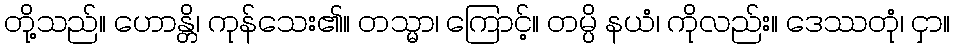
တို့သည်။ ဟောန္တိ၊ ကုန်သေး၏။ တသ္မာ၊ ကြောင့်။ တမ္ပိ နယံ၊ ကိုလည်း။ ဒေဿတုံ၊ ငှာ။